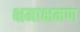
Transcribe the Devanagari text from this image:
क्षमाक्षमण